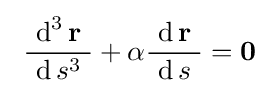
\ {\frac {\ \operatorname {d} ^{3}\mathbf {r} \ }{~\operatorname {d} s^{3}\ }}+\alpha {\frac {\ \operatorname {d} \mathbf {r} \ }{\ \operatorname {d} s\ }}=\mathbf {0} \